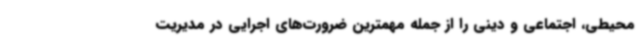
محیطی، اجتماعی و دینی را از جمله مهمترین ضرورت‌های اجرایی در مدیریت